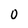
Character: 0